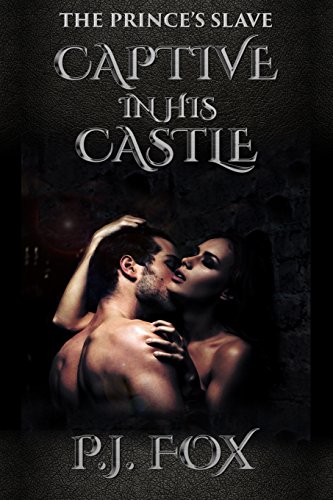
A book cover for The Prince's Slave: Captive In His Castle (Volume 1); P.J. Fox; Romance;